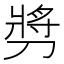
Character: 𫦔